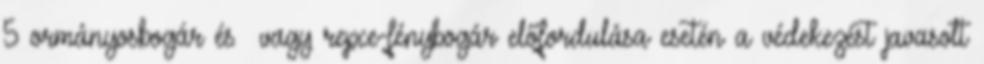
5 ormányosbogár és vagy repce-fénybogár előfordulása esetén a védekezést javasolt